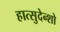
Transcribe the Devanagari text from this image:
हात्सुदेन्शो